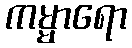
ကမ္မာရော